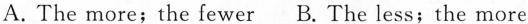
A.The more;the fewer B.The less;the more